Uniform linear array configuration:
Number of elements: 32
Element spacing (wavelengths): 0.75
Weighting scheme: binomial
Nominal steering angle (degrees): -15
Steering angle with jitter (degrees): -14.806
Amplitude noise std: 0.05
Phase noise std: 0.05

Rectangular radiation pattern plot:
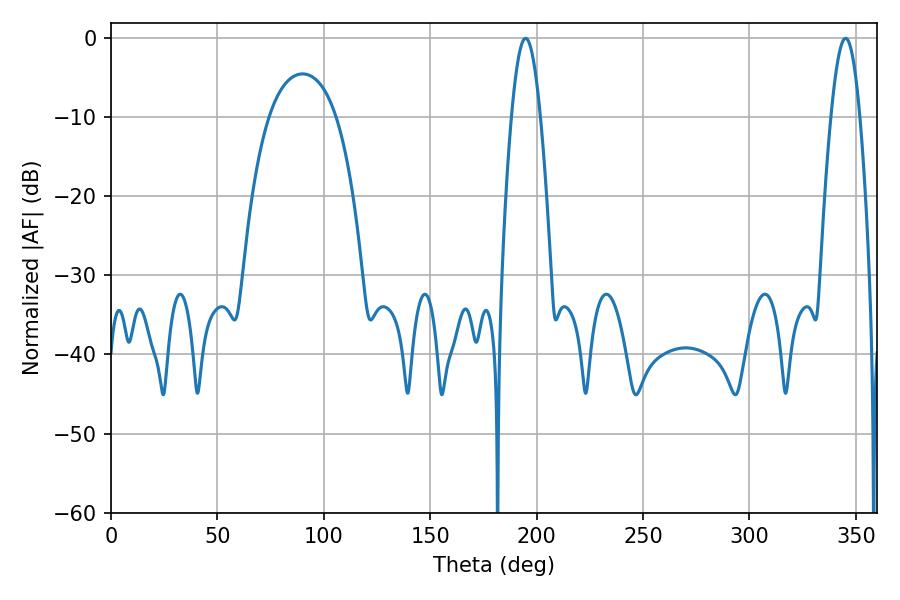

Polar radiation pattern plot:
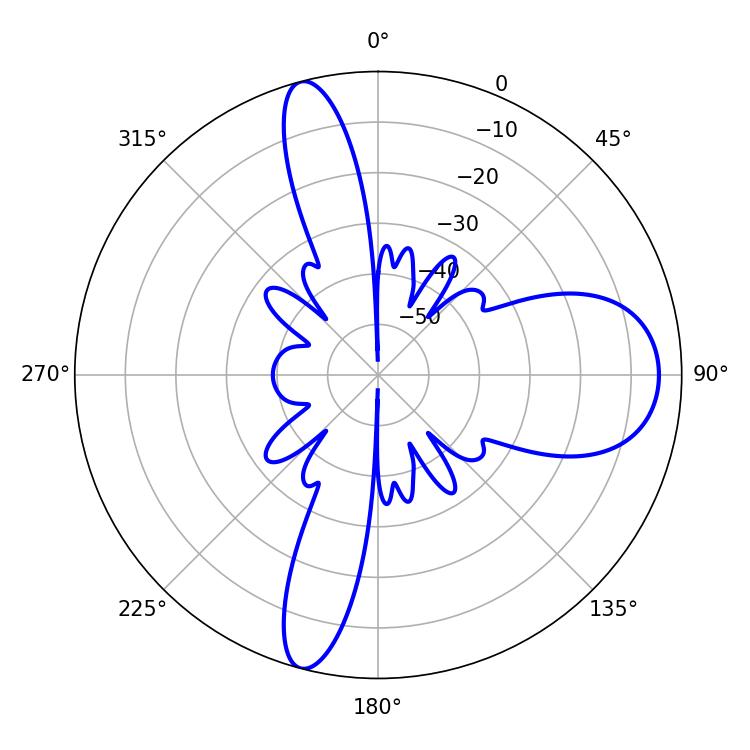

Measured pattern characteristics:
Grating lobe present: TRUE
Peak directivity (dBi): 13.971
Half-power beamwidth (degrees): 7.38
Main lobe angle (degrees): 194.76